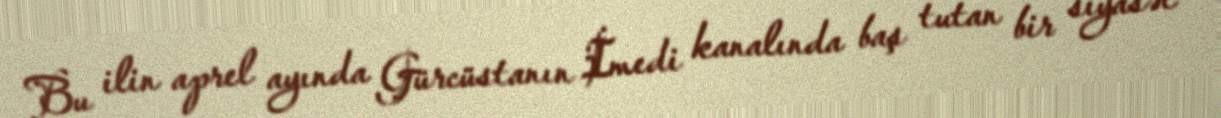
Bu ilin aprel ayında Gürcüstanın İmedi kanalında baş tutan bir siyasət